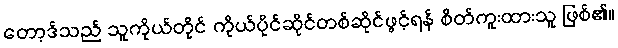
တော့ဒ်သည် သူကိုယ်တိုင် ကိုယ်ပိုင်ဆိုင်တစ်ဆိုင်ဖွင့်ရန် စိတ်ကူးထားသူ ဖြစ်၏။